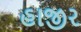
હાજીર